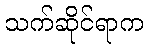
သက်ဆိုင်ရာက